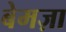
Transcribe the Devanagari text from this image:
बेमज़ा